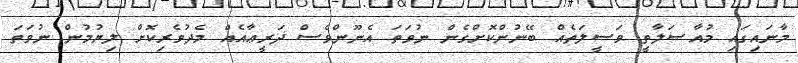
މާނައިގައި މުއާޞަލާތީ ވަސީލަތެއް ބޭނުންކޮށްގެން ނުވަތަ އެނޫންވެސް ޛަރީޢާއެއް މެދުވެރިކޮށް ލިޔުމުން ނުވަތަ